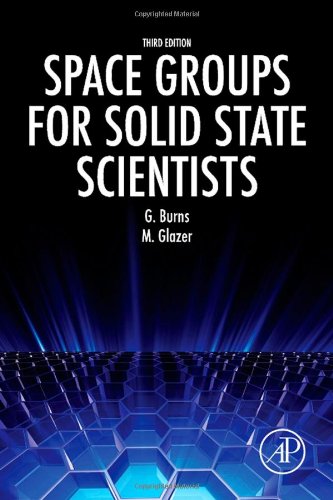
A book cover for Space Groups for Solid State Scientists, Third Edition; Michael Glazer; Science & Math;